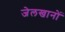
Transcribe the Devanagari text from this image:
जेलखानों